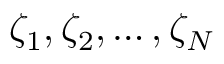
\zeta _ { 1 } , \zeta _ { 2 } , \ldots , \zeta _ { N }